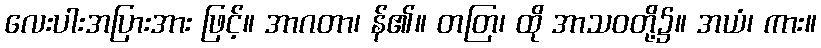
လေးပါးအပြားအား ဖြင့်။ အာဂတာ၊ န်၏။ တတြ၊ ထို အာသဝတို့၌။ အယံ၊ ကား။